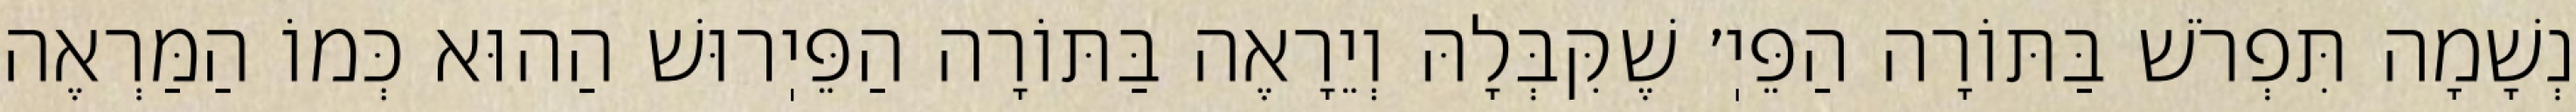
נְשָׁמָה תִּפְרֹשׁ בַּתּוֹרָה הַפֵּיֽ׳ שֶׁקִּבְּלָהּ וְיֵרָאֶה בַּתּוֹרָה הַפֵּיֽרוּשׁ הַהוּא כְּמוֹ הַמַּרְאֶה